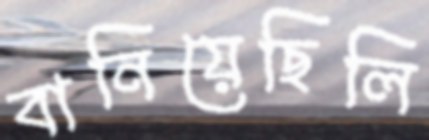
বানিয়েছিলি